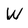
Character: W